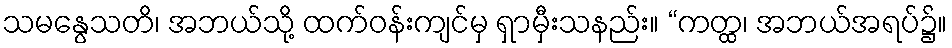
သမနွေသတိ၊ အဘယ်သို့ ထက်ဝန်းကျင်မှ ရှာမှီးသနည်း။ “ကတ္ထ၊ အဘယ်အရပ်၌။